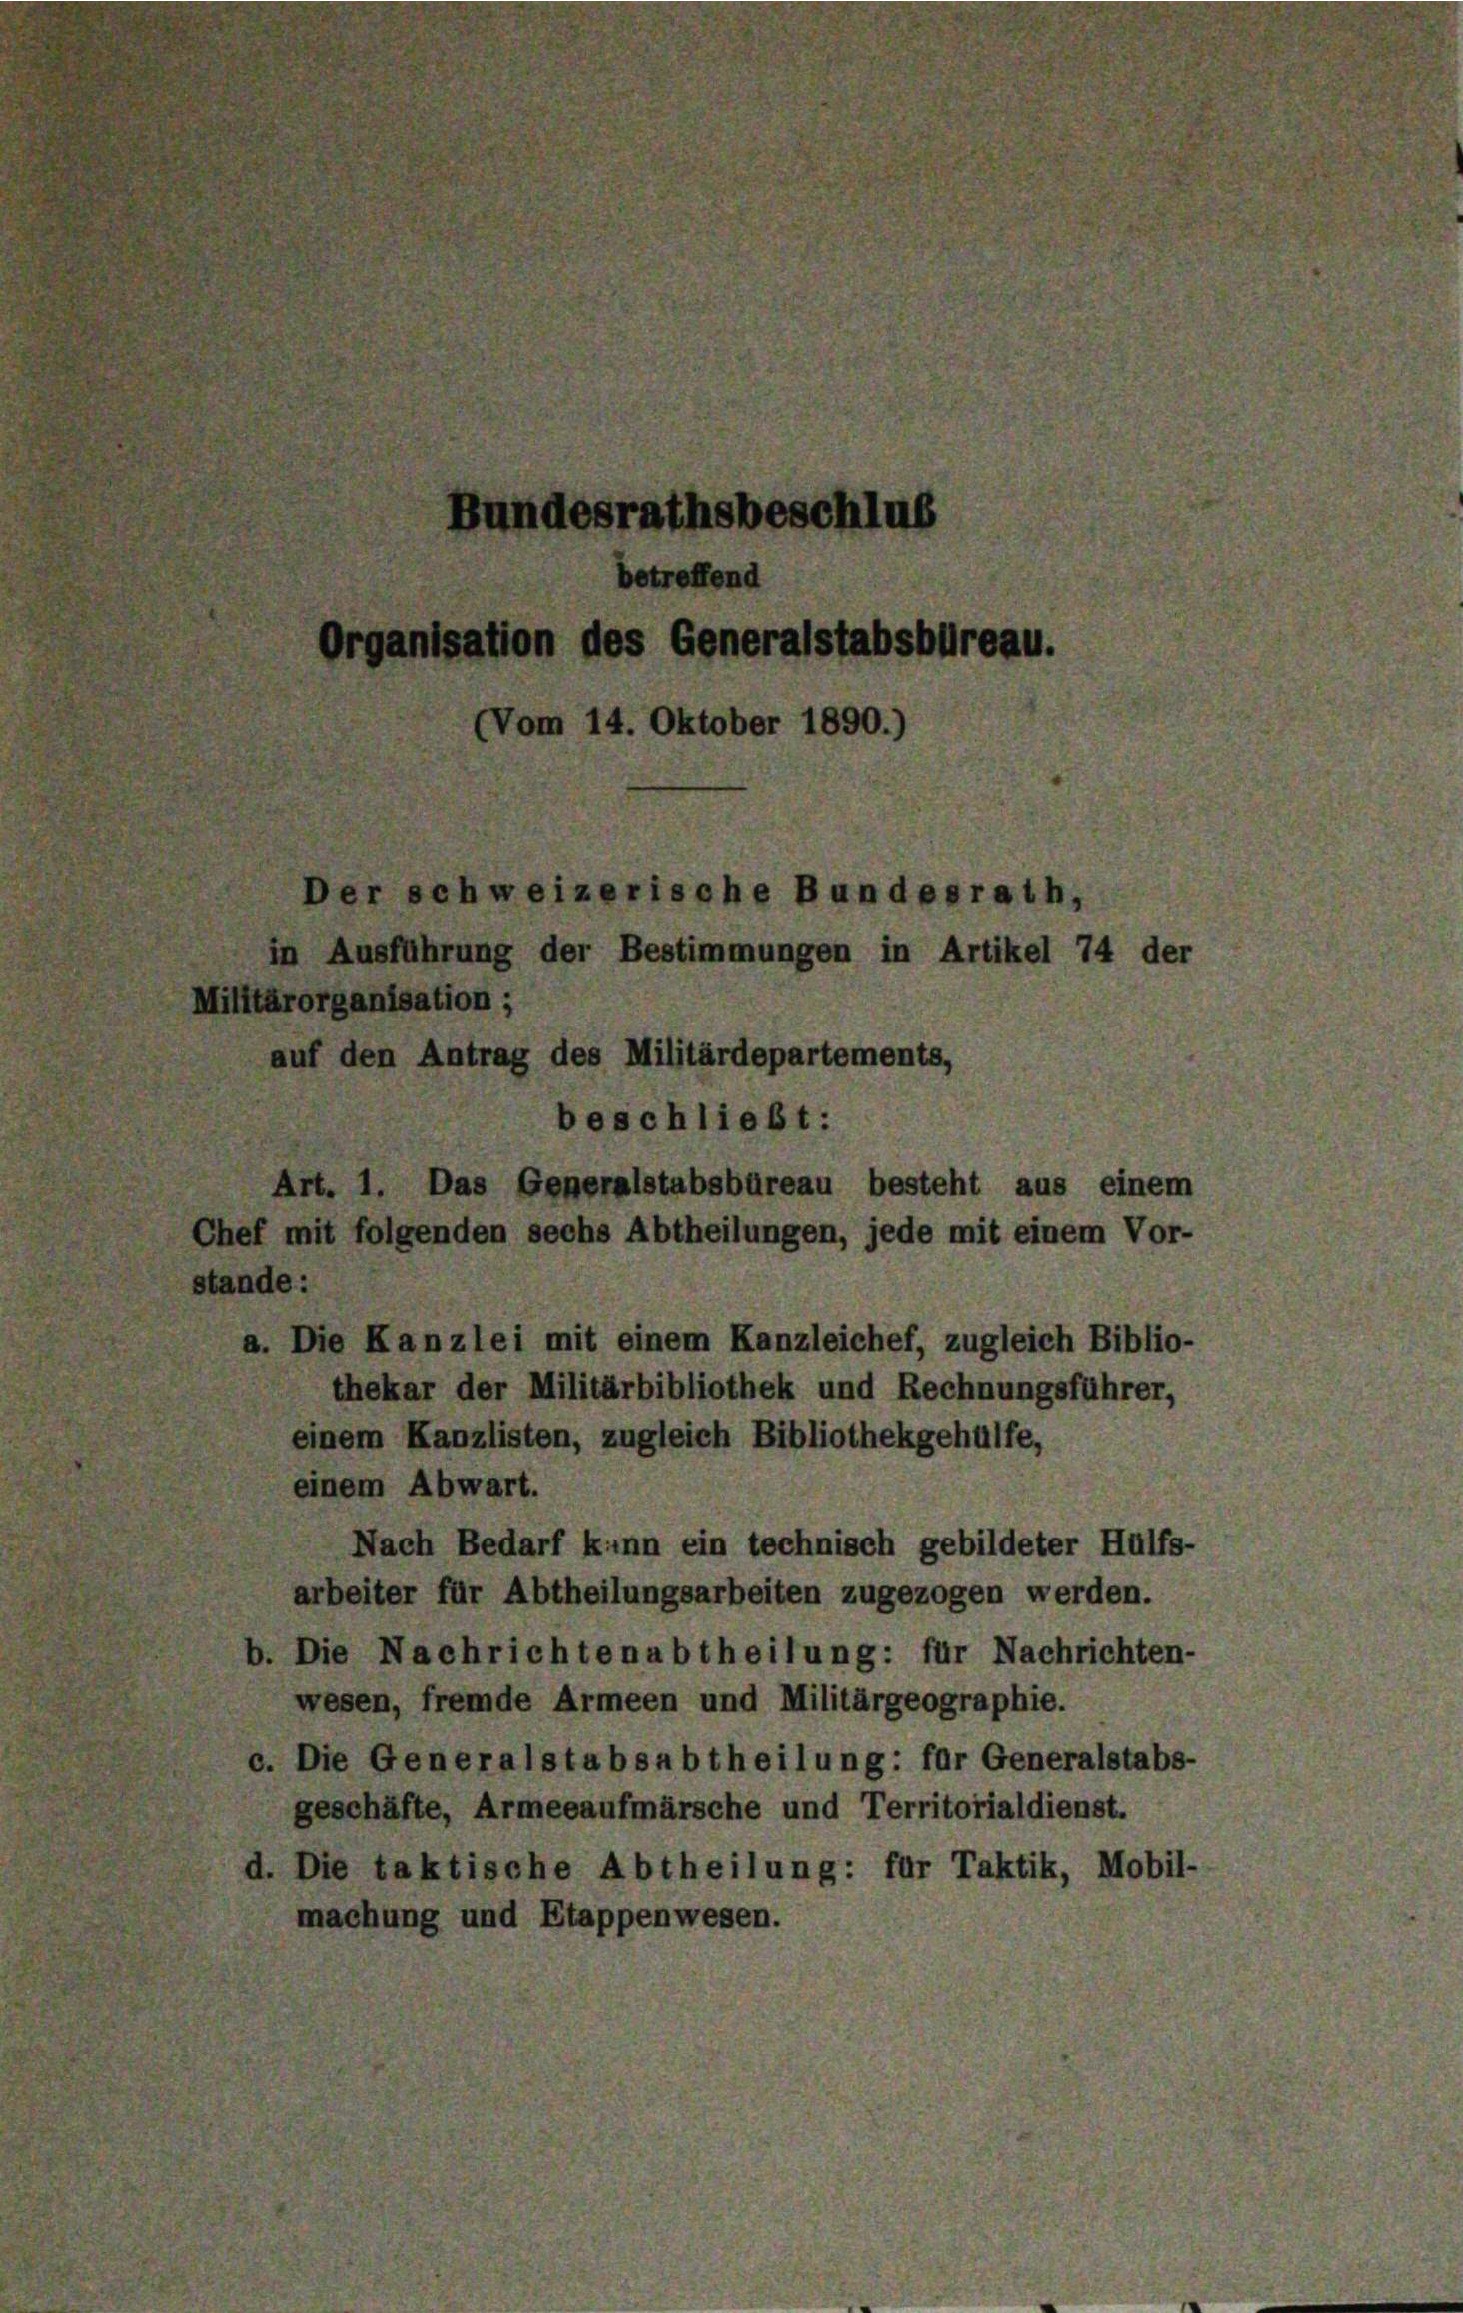
Bundesrathsbeschlu
betreffend
Organisation des Generalstabsbureau.
(Vom 14. Oktober 1890.)
er schweizerische Bundesrath,
in Ausführung der Bestimmungen in Artikel 74 der
lilitärorganisation ;
auf den Antrag des Militärdepartements,
beschließt:
1. Das Generalstabsbüreau besteht aus einem
hef mit folgenden sechs Abtheilungen, jede mit einem Vor-
ande:
a. Die Kanzlei mit einem Kanzleichef, zugleich Biblio-
thekar der Militärbibliothek und Rechnungsführer,

einem Kanzlisten, zugleich Bibliothekgehülfe,
einem Abwart.
Nach Bedarf kann ein technisch gebildeter Hülfs-
arbeiter für Abtheilungsarbeiten zugezogen werden.
Die Nachrichtenabtheilung: für Nachrichten-
wesen, fremde Armeen und Militärgeographie.
Die Generalstabsabtheilung: für Generalstabs-
geschäfte, Armeeaufmärsche und Territorialdienst.
1. Die taktische Abtheilung: für Taktik, Mobil-
machung und Etappenwesen.